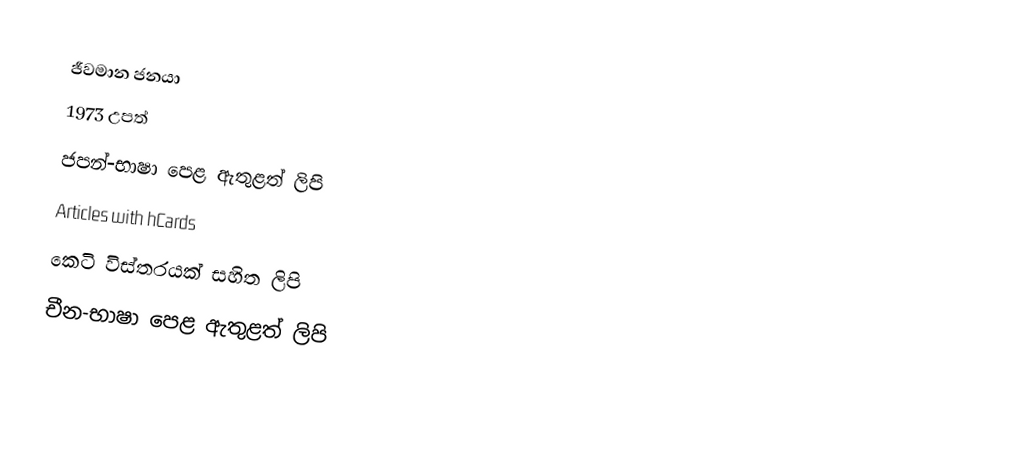
ජීවමාන ජනයා
1973 උපත්
ජපන්-භාෂා පෙළ ඇතුළත් ලිපි
Articles with hCards
කෙටි විස්තරයක් සහිත ලිපි
චීන-භාෂා පෙළ ඇතුළත් ලිපි